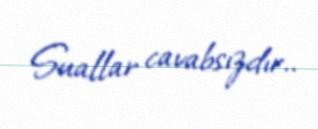
Suallar cavabsızdır..